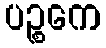
ပဉ္စကေ